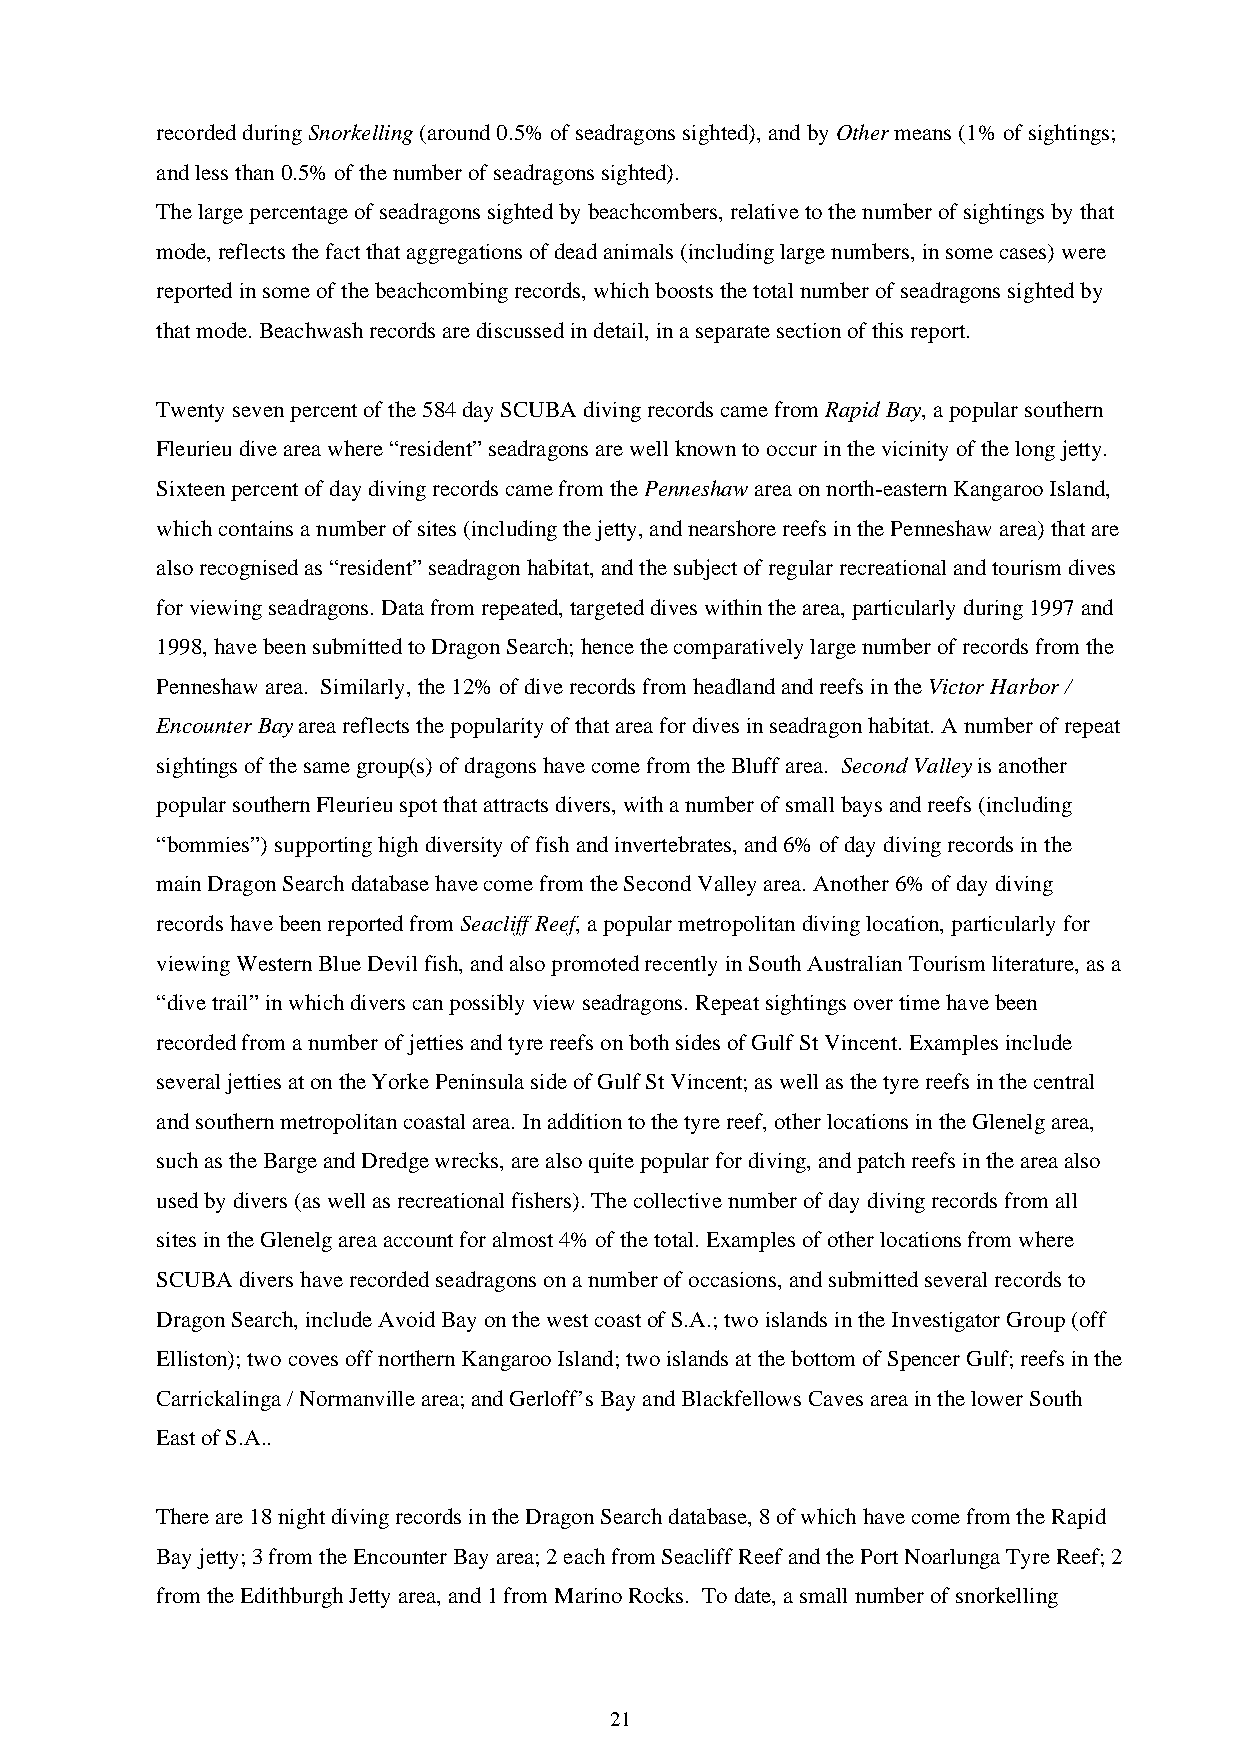
recorded during Snorkelling (around 0.5% of seadragons sighted), and by Other means (1% of sightings;
 and less than 0.5% of the number of seadragons sighted).
 The large percentage of seadragons sighted by beachcombers, relative to the number of sightings by that
 mode, reflects the fact that aggregations of dead animals (including large numbers, in some cases) were
 reported in some of the beachcombing records, which boosts the total number of seadragons sighted by
 that mode. Beachwash records are discussed in detail, in a separate section of this report.
 Twenty seven percent of the 584 day SCUBA diving records came from Rapid Bay, a popular southern
 Fleurieu dive area where “resident” seadragons are well known to occur in the vicinity of the long jetty.
 Sixteen percent of day diving records came from the Penneshaw area on north-eastern Kangaroo Island,
 which contains a number of sites (including the jetty, and nearshore reefs in the Penneshaw area) that are
 also recognised as “resident” seadragon habitat, and the subject of regular recreational and tourism dives
 for viewing seadragons. Data from repeated, targeted dives within the area, particularly during 1997 and
 1998, have been submitted to Dragon Search; hence the comparatively large number of records from the
 Penneshaw area. Similarly, the 12% of dive records from headland and reefs in the Victor Harbor /
 Encounter Bay area reflects the popularity of that area for dives in seadragon habitat. A number of repeat
 sightings of the same group(s) of dragons have come from the Bluff area. Second Valley is another
 popular southern Fleurieu spot that attracts divers, with a number of small bays and reefs (including
 “bommies”) supporting high diversity of fish and invertebrates, and 6% of day diving records in the
 main Dragon Search database have come from the Second Valley area. Another 6% of day diving
 records have been reported from Seacliff Reef, a popular metropolitan diving location, particularly for
 viewing Western Blue Devil fish, and also promoted recently in South Australian Tourism literature, as a
 “dive trail” in which divers can possibly view seadragons. Repeat sightings over time have been
 recorded from a number of jetties and tyre reefs on both sides of Gulf St Vincent. Examples include
 several jetties at on the Yorke Peninsula side of Gulf St Vincent; as well as the tyre reefs in the central
 and southern metropolitan coastal area. In addition to the tyre reef, other locations in the Glenelg area,
 such as the Barge and Dredge wrecks, are also quite popular for diving, and patch reefs in the area also
 used by divers (as well as recreational fishers). The collective number of day diving records from all
 sites in the Glenelg area account for almost 4% of the total. Examples of other locations from where
 SCUBA divers have recorded seadragons on a number of occasions, and submitted several records to
 Dragon Search, include Avoid Bay on the west coast of S.A.; two islands in the Investigator Group (off
 Elliston); two coves off northern Kangaroo Island; two islands at the bottom of Spencer Gulf; reefs in the
 Carrickalinga / Normanville area; and Gerloff’s Bay and Blackfellows Caves area in the lower South
 East of S.A..
 There are 18 night diving records in the Dragon Search database, 8 of which have come from the Rapid
 Bay jetty; 3 from the Encounter Bay area; 2 each from Seacliff Reef and the Port Noarlunga Tyre Reef; 2
 from the Edithburgh Jetty area, and 1 from Marino Rocks. To date, a small number of snorkelling
 21